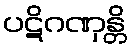
ပဋိဂဏှန္တိ